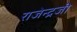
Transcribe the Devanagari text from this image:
राजेन्द्रजी